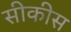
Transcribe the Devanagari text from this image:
सीकीस